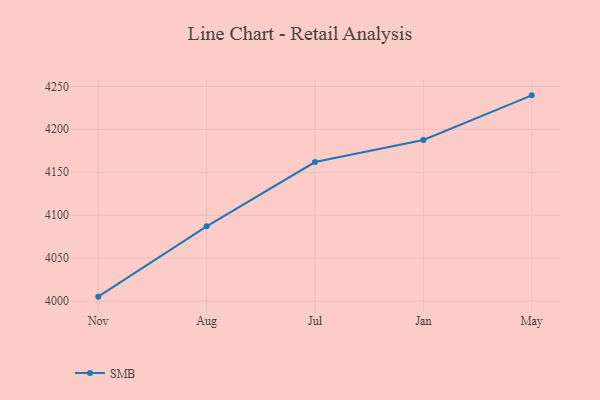
{"axis": {"x": "Month", "y": "Shipments"}, "legend": ["SMB"], "data": [{"x": "Nov", "y": 4005.2, "type": "SMB"}, {"x": "Aug", "y": 4087.1, "type": "SMB"}, {"x": "Jul", "y": 4161.9, "type": "SMB"}, {"x": "Jan", "y": 4187.5, "type": "SMB"}, {"x": "May", "y": 4239.5, "type": "SMB"}]}